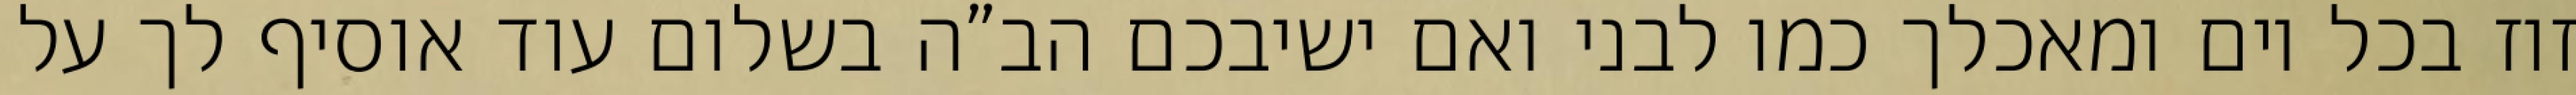
זוז בכל יום ומאכלך כמו לבני ואם ישיבכם הב”ה בשלום עוד אוסיף לך על